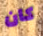
كان